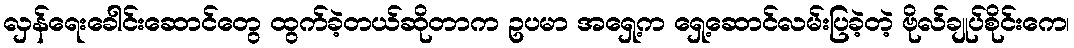
လှန်ရေးခေါင်းဆောင်တွေ ထွက်ခဲ့တယ်ဆိုတာက ဥပမာ အရှေ့က ရှေ့ဆောင်လမ်းပြခဲ့တဲ့ ဗိုလ်ချုပ်စိုင်းကေ၊